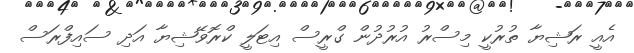
އެއީ ރަޝިޔާ ތުރުކީ މިސްރު އުރުދުން ގްރީސް އިޓަލީ ކްރޮވޭޝިޔާ އަދި ސައިފްރަސް